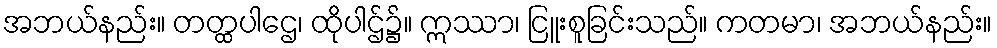
အဘယ်နည်း။ တတ္ထပါဌေ၊ ထိုပါဌ်၌။ ဣဿာ၊ ငြူးစူခြင်းသည်။ ကတမာ၊ အဘယ်နည်း။